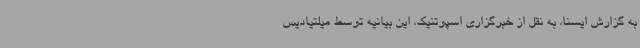
به گزارش ایسنا، به نقل از خبرگزاری اسپوتنیک، این بیانیه توسط میلتیادیس